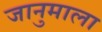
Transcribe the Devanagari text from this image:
जानुमाला